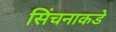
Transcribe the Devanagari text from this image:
सिंचनाकडे